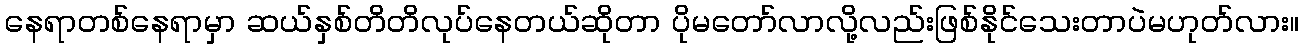
နေရာတစ်နေရာမှာ ဆယ်နှစ်တိတိလုပ်နေတယ်ဆိုတာ ပိုမတော်လာလို့လည်းဖြစ်နိုင်သေးတာပဲမဟုတ်လား။